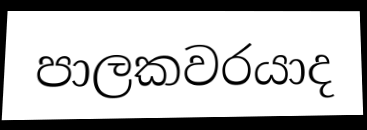
පාලකවරයාද